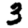
Digit: 3